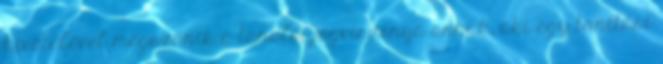
kivételével megszűnik a tanulói jogviszonya annak, aki egy tanítási